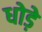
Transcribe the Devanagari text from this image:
धोड़े